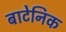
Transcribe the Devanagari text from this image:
बाटेनिक